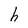
Character: h